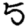
Digit: 5